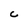
Character: C